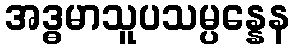
အဒ္ဓမာသူပသမ္ပန္နေန